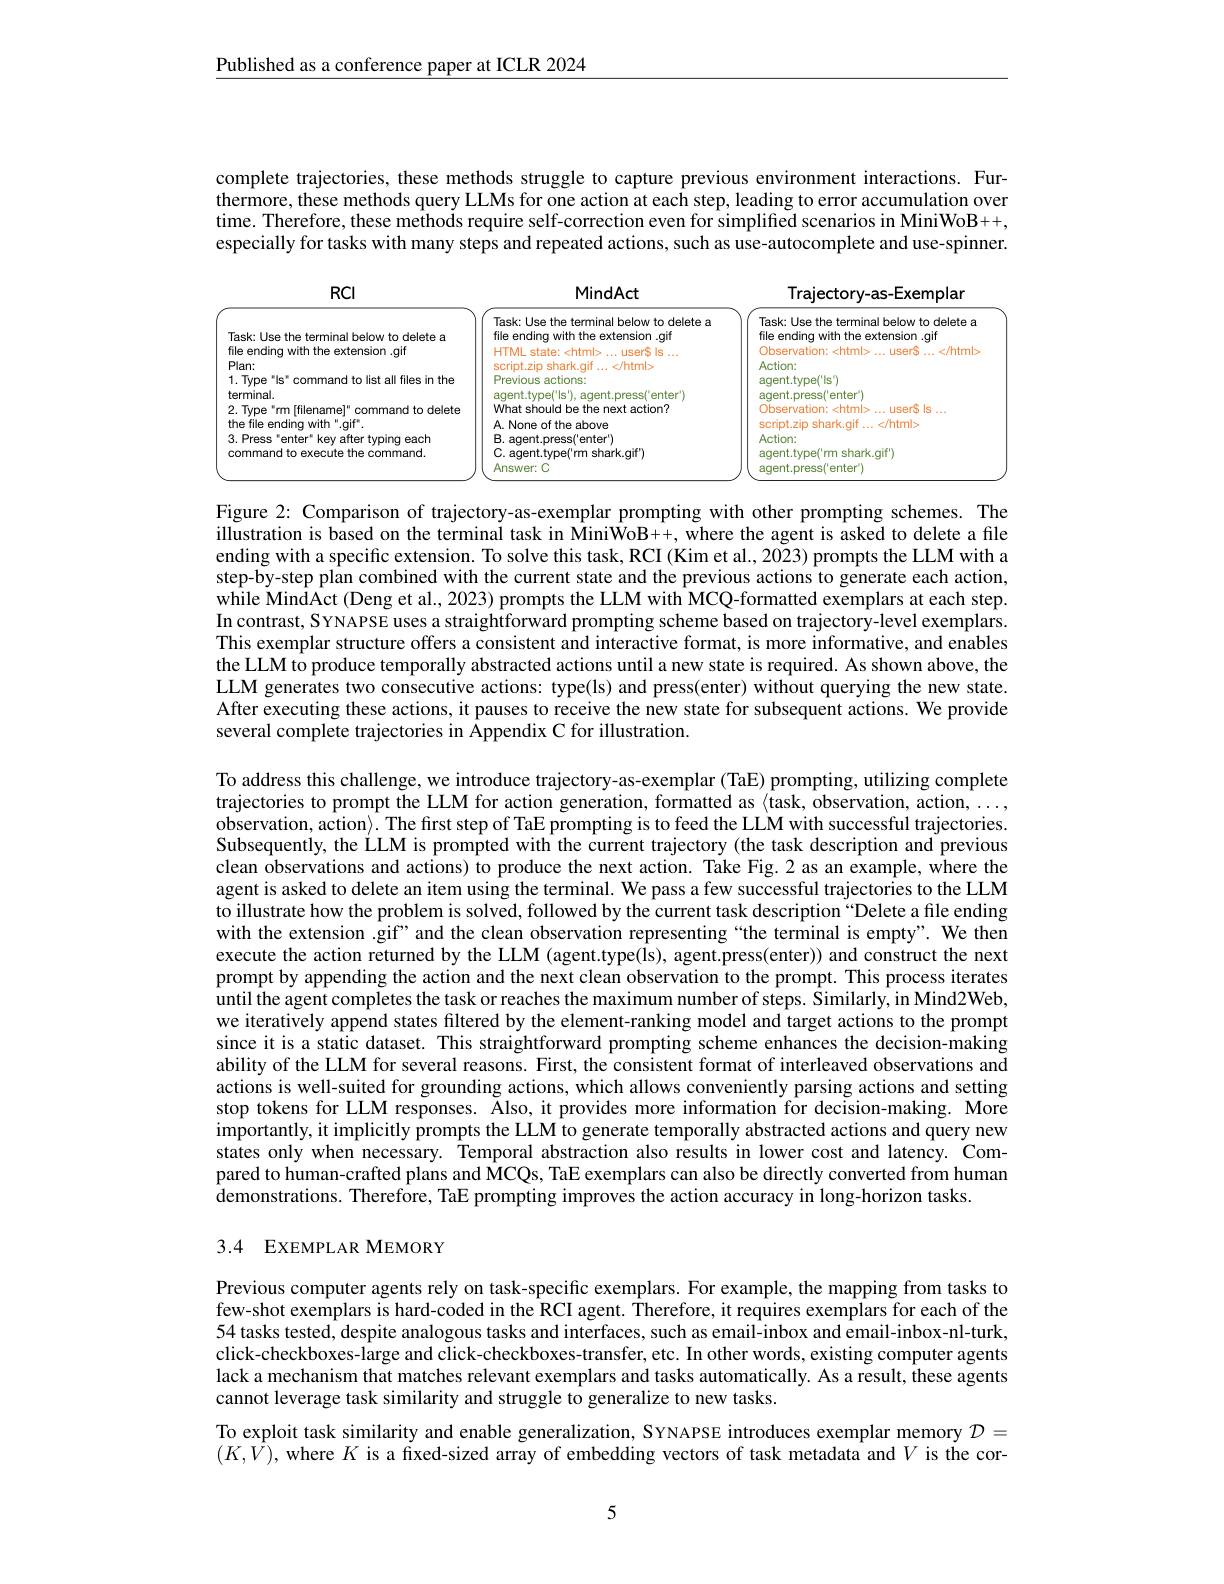
$\underline{\text{Published as a conference paper at ICLR 2024}}$

complete trajectories, these methods struggle to capture previous environment interactions. Furthermore, these methods query LLMs for one action at each step, leading to error accumulation over time. Therefore, these methods require self-correction even for simplified scenarios in MiniWoB++, especially for tasks with many steps and repeated actions, such as use-autocomplete and use-spinner.

<FigureHere>

Figure 2: Comparison of trajectory-as-exemplar prompting with other prompting schemes. The illustration is based on the terminal task in Mini$\hat{\mathrm{WoB++,where~the~agent~is~asked~to~delete~a~file}}$ ending with a specific extension. To solve this task, RCI (Kim et al., 2023) prompts the LLM with a step-by-step plan combined with the current state and the previous actions to generate each action, $while~Mind\hat{A}ct~(Deng~et~al.,~2023)~prompts~the~LLM~with~\hat{M}CQ-formatted~exemplars~at~each~step.$ In contrast, SYNAPSE uses a straightforward prompting scheme based on trajectory-level exemplars This exemplar structure offers a consistent and interactive format, is more informative, and enables the LLM to produce temporally abstracted actions until a new state is required. As shown above, the LLM generates two consecutive actions: type(ls) and press(enter) without querying the new state. After executing these actions, it pauses to receive the new state for subsequent actions. We provide several complete trajectories in Appendix C for illustration.

To address this challenge, we introduce trajectory-as-exemplar (TaE) prompting, utilizing complete trajectories to prompt the LLM for action generation, formatted as $\langle$task, observation, action, ..., observation, action$\rangle.$ The first step of TaE prompting is to feed the LLM with successful trajectories. Subsequently, the LLM is prompted with the current trajectory (the task description and previous clean observations and actions) to produce the next action. Take Fig.2 as an example, where the agent is asked to delete an item using the terminal. We pass a few successful trajectories to the LLM to illustrate how the problem is solved, followed by the current task description "Delete a file ending with the extension $.\hat{\text{gif"and the clean observation representing“the terminal is empty”. We then}}$ execute the action returned by the LLM (agent.type(ls), agent.press(enter)) and construct the next prompt by appending the action and the next clean observation to the prompt. This process iterates until the agent completes the task or reaches the maximum number of steps. Similarly, in Mind2Web, we iteratively append states filtered by the element-ranking model and target actions to the prompt since it is a static dataset. This straightforward prompting scheme enhances the decision-making ability of the LLM for several reasons. First, the consistent format of interleaved observations and actions is well-suited for grounding actions, which allows conveniently parsing actions and setting stop tokens for LLM responses. Älso, it provides more information for decision-making. More importantly, it implicitly prompts the LLM to generate temporally abstracted actions and query new states only when necessary. Temporal abstraction also results in lower cost and latency. Compared to human-crafted plans and MCQs, TaE exemplars can also be directly converted from human $\bar{\text{demonstrations. Therefore, TaE prompting improves the action accuracy in long-horizon tasks.}}$

## 3.4 EXEMPLAR MEMORY

Previous computer agents rely on task-specific exemplars. For example, the mapping from tasks to few-shot exemplars is hard-coded in the RCI agent. Therefore, it requires exemplars for each of the 54 tasks tested, despite analogous tasks and interfaces, such as email-inbox and email-inbox-nl-turk, click-checkboxes-large and click-checkboxes-transfer, etc. In other words, existing computer agents lack a mechanism that matches relevant exemplars and tasks automatically. As a result, these agents cannot leverage task similarity and struggle to generalize to new tasks.

To exploit task similarity and enable generalization, SYNAPSE introduces exemplar memory $\mathcal{D}=$ $(K,\hat{V})$, where $K$ is a fixed-sized array of embedding vectors of task metadata and $V$ is the cor-

5